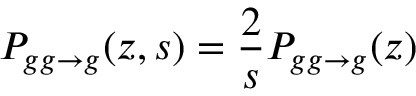
P _ { g g \to g } ( z , s ) = \frac { 2 } { s } P _ { g g \to g } ( z )